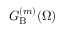
G _ { \mathrm { B } } ^ { ( m ) } ( \Omega )